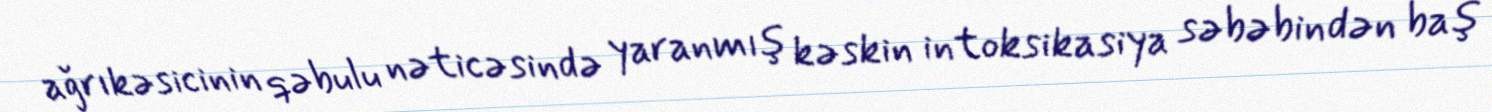
ağrıkəsicinin qəbulu nəticəsində yaranmış kəskin intoksikasiya səbəbindən baş